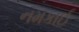
નમકાઈ